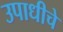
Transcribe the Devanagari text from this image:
उपाधीचे